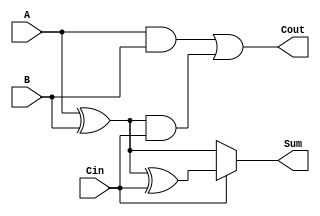
module CSFA (
    input  wire A,    // First input bit
    input  wire B,    // Second input bit
    input  wire Cin,  // Carry-in bit
    output wire Sum,  // Resulting sum bit
    output wire Cout  // Carry-out bit
);

    // Intermediate signals for sum and carry calculations
    wire S0; // Sum assuming no carry-in
    wire S1; // Sum assuming carry-in
    wire C0; // Carry generated from A and B
    wire C1; // Carry generated from S0 and Cin

    // Conditional Sum Calculations
    assign S0 = A ^ B;          // S0 = A XOR B
    assign S1 = S0 ^ Cin;       // S1 = S0 XOR Cin

    // Carry Generation
    assign C0 = A & B;          // C0 = A AND B
    assign C1 = S0 & Cin;       // C1 = S0 AND Cin

    // Final Carry-out
    assign Cout = C0 | C1;      // Cout = C0 OR C1

    // Final Output Selection for Sum
    assign Sum = Cin ? S1 : S0; // Sum = S1 if Cin is 1, else S0

endmodule